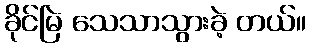
ခိုင်မြဲ သေသာသွားခဲ့ တယ်။